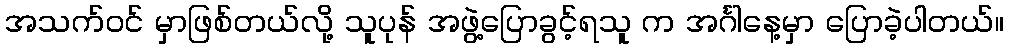
အသက်ဝင် မှာဖြစ်တယ်လို့ သူပုန် အဖွဲ့ပြောခွင့်ရသူ က အင်္ဂါနေ့မှာ ပြောခဲ့ပါတယ်။